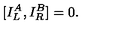
\lbrack { I _ { L } ^ { A } , I _ { R } ^ { B } ] } = 0 .